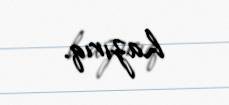
hazırıq.